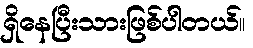
ရှိနေပြီးသားဖြစ်ပါတယ်။